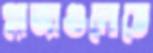
প্লাজাগুলোতে